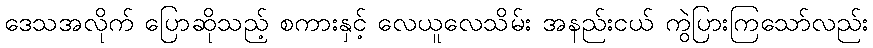
ဒေသအလိုက် ပြောဆိုသည့် စကားနှင့် လေယူလေသိမ်း အနည်းငယ် ကွဲပြားကြသော်လည်း